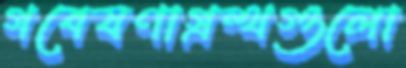
গবেষণাগ্রন্থগুলো